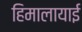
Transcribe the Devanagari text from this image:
हिमालायाई